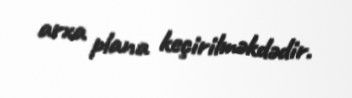
arxa plana keçirilməkdədir.